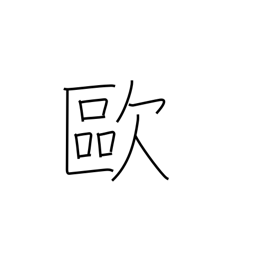
Meaning: Europe